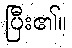
ပြီး၏။